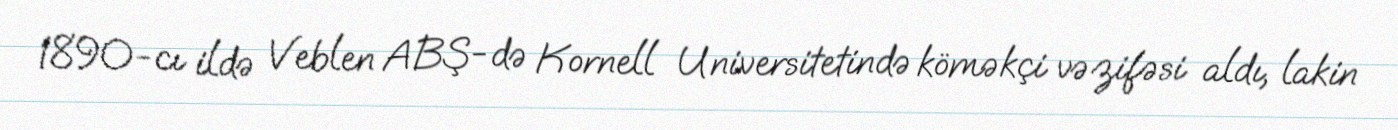
1890-cı ildə Veblen ABŞ-də Kornell Universitetində köməkçi vəzifəsi aldı, lakin